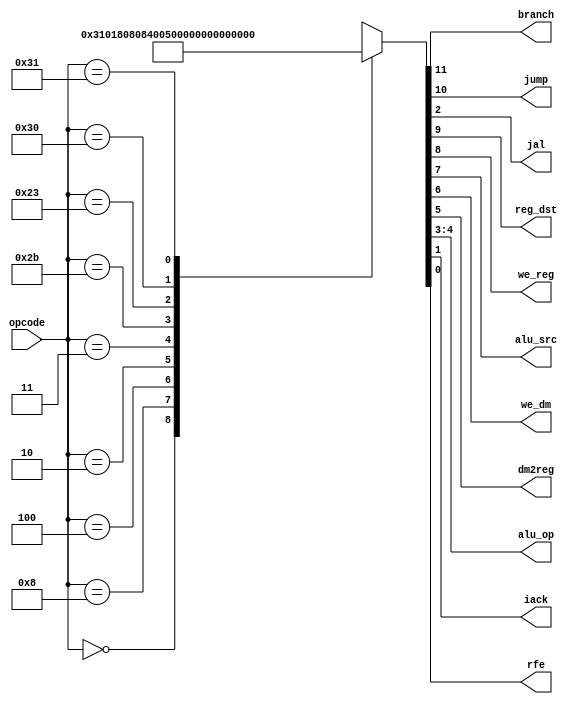
module maindec (
        input  wire [5:0] opcode,
        output wire       branch,
        output wire       jump,
        output wire       jal,
        output wire       reg_dst,
        output wire       we_reg,
        output wire       alu_src,
        output wire       we_dm,
        output wire       dm2reg,
        output wire [1:0] alu_op,
        output wire       iack,
        output wire       rfe
    );

    reg [11:0] ctrl;

    assign {branch, jump, reg_dst, we_reg, alu_src, we_dm, dm2reg, alu_op, jal, iack, rfe} = ctrl;

    always @ (opcode) begin
        case (opcode)
            6'b00_0000: ctrl = 12'b0_0_1_1_0_0_0_10_0_0_0; // R-type
            6'b00_1000: ctrl = 12'b0_0_0_1_1_0_0_00_0_0_0; // ADDI
            6'b00_0100: ctrl = 12'b1_0_0_0_0_0_0_01_0_0_0; // BEQ
            6'b00_0010: ctrl = 12'b0_1_0_0_0_0_0_00_0_0_0; // J
            6'b00_0011: ctrl = 12'b0_1_0_1_0_0_0_00_1_0_0; // JAL
            6'b10_1011: ctrl = 12'b0_0_0_0_1_1_0_00_0_0_0; // SW
            6'b10_0011: ctrl = 12'b0_0_0_1_1_0_1_00_0_0_0; // LW
            6'b11_0000: ctrl = 12'b0_0_0_0_0_0_0_00_0_1_0; // IACK
            6'b11_0001: ctrl = 12'b0_0_0_0_0_0_0_00_0_1_1; // RFE
            default:    ctrl = 12'bx_x_x_x_x_x_x_xx_x_x_x;
        endcase
    end

endmodule